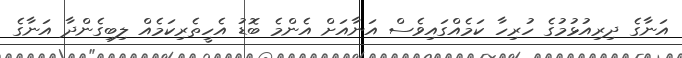
އަނާގެ ދިރިއުޅުމުގެ ހުރިހާ ކަމެއްގައިވެސް އަނާއަށް އެންމެ ބޮޑު އެހީތެރިކަމެއް ލިބިގެންދާ އަނާގެ